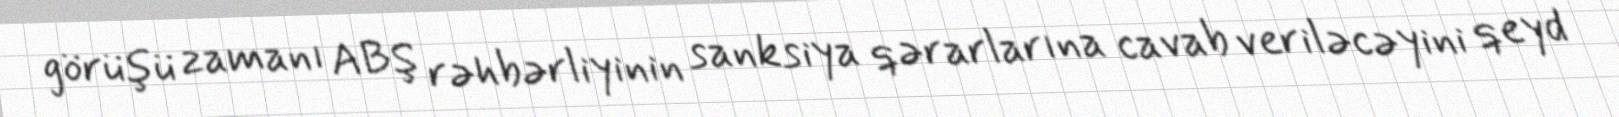
görüşü zamanı ABŞ rəhbərliyinin sanksiya qərarlarına cavab veriləcəyini qeyd